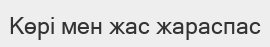
Көрі мен жас жараспас